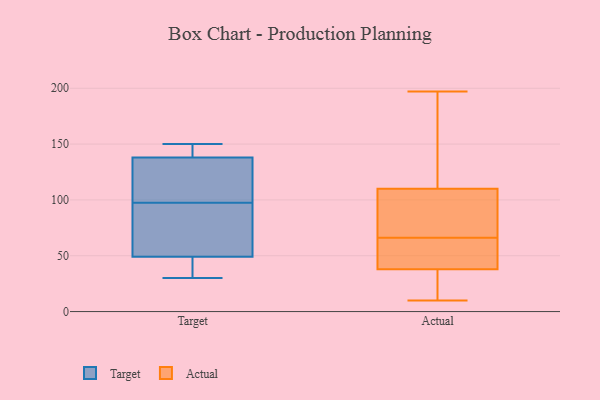
{"axis": {"x": "Humidity (%)", "y": "Value"}, "legend": ["Actual", "Target"], "data": [{"x": "", "y": 76, "type": "Target"}, {"x": "", "y": 138, "type": "Target"}, {"x": "", "y": 142, "type": "Target"}, {"x": "", "y": 150, "type": "Target"}, {"x": "", "y": 132, "type": "Target"}, {"x": "", "y": 39, "type": "Target"}, {"x": "", "y": 30, "type": "Target"}, {"x": "", "y": 118, "type": "Target"}, {"x": "", "y": 49, "type": "Target"}, {"x": "", "y": 77, "type": "Target"}, {"x": "", "y": 39, "type": "Actual"}, {"x": "", "y": 74, "type": "Actual"}, {"x": "", "y": 24, "type": "Actual"}, {"x": "", "y": 70, "type": "Actual"}, {"x": "", "y": 197, "type": "Actual"}, {"x": "", "y": 194, "type": "Actual"}, {"x": "", "y": 50, "type": "Actual"}, {"x": "", "y": 62, "type": "Actual"}, {"x": "", "y": 120, "type": "Actual"}, {"x": "", "y": 100, "type": "Actual"}, {"x": "", "y": 157, "type": "Actual"}, {"x": "", "y": 46, "type": "Actual"}, {"x": "", "y": 75, "type": "Actual"}, {"x": "", "y": 37, "type": "Actual"}, {"x": "", "y": 18, "type": "Actual"}, {"x": "", "y": 10, "type": "Actual"}]}